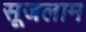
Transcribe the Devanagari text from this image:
सूजलाम